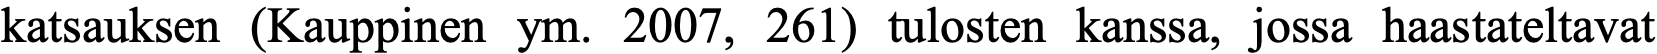
katsauksen (Kauppinen ym. 2007, 261) tulosten kanssa, jossa haastateltavat